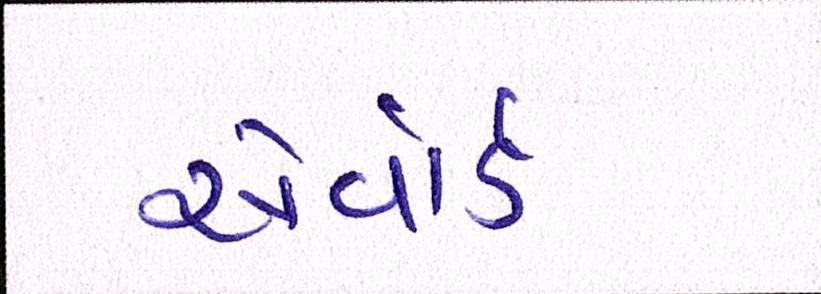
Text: એવૉર્ડ